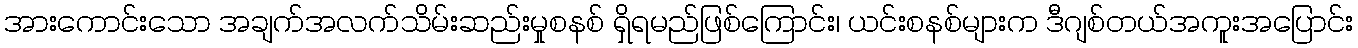
အားကောင်းသော အချက်အလက်သိမ်းဆည်းမှုစနစ် ရှိရမည်ဖြစ်ကြောင်း၊ ယင်းစနစ်များက ဒီဂျစ်တယ်အကူးအပြောင်း